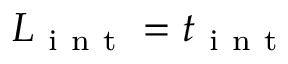
L _ { \mathrm { ~ i ~ n ~ t ~ } } = t _ { \mathrm { ~ i ~ n ~ t ~ } }